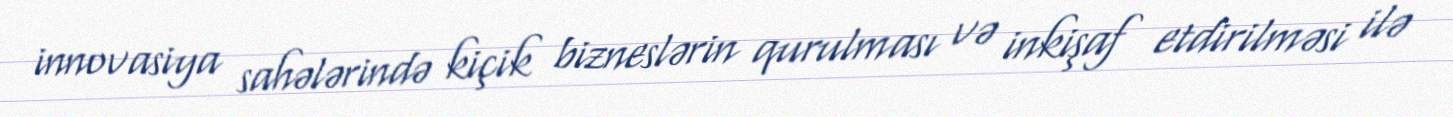
innovasiya sahələrində kiçik bizneslərin qurulması və inkişaf etdirilməsi ilə